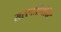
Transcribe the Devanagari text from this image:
सरस्वतीमंदिर